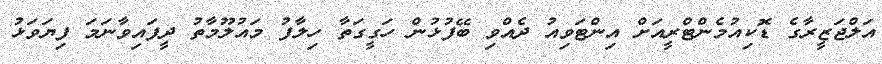
އަލްޖަޒީރާގެ ޑޮކިއުމެންޓްރީއަށް އިންޓަވިއު ދެއްވި ބޭފުޅުން ހަގީގަތާ ހިލާފު މައުލޫމާތު ދީފައިވާނަމަ ފިޔަވަޅު